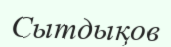
Сытдықов